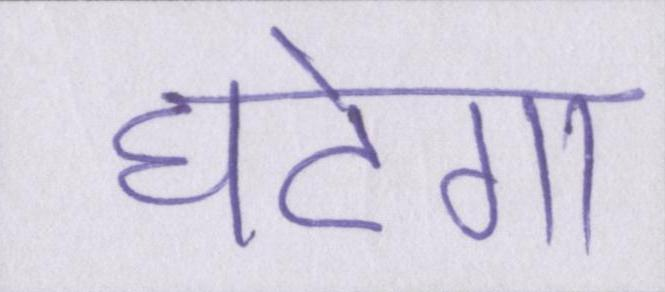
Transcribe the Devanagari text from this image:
घटेगा